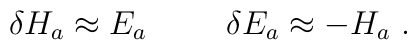
{\delta}H_a \approx E_a \hspace{1cm} {\delta}E_a \approx - H_a \ .